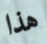
هذا